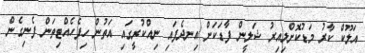
އަލޫކް ކާރު މަޑުކޮށްލިއިރު ޝަލީން ފާޑަކަށް އިނދެފައި ނިއްކުރީގައި އަތުން ހިފެހެއްޓިތަން ފެނިގެން